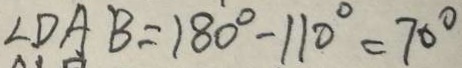
\angle D A B = 1 8 0 ^ { \circ } - 1 1 0 ^ { \circ } = 7 0 ^ { \circ }